Lunatic asylums Central Provinces reports 1874-1885 - 1874-1885
Year: 1874
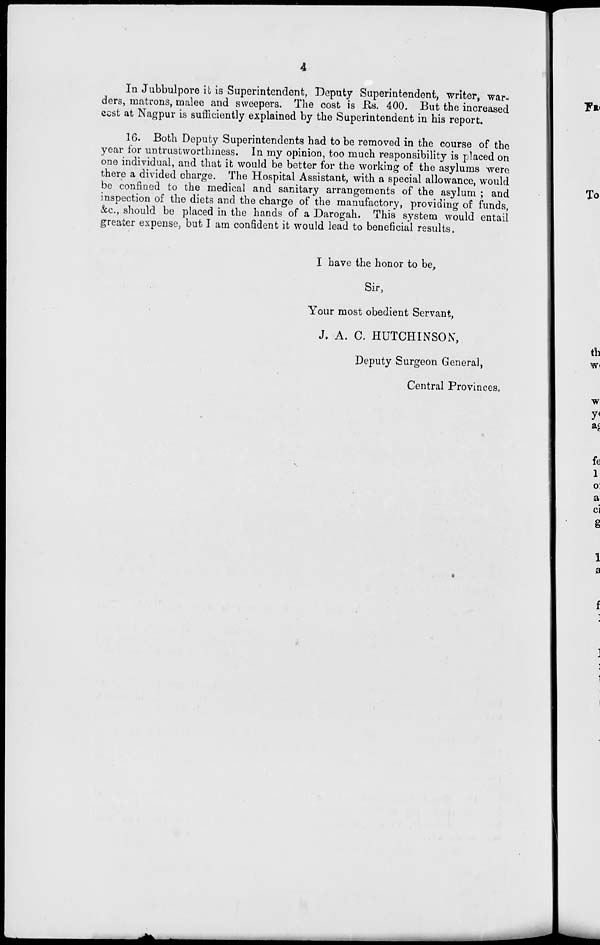
4
In Jubbulpore it is Superintendent, Deputy Superintendent, writer, war-
ders, matrons, malee and sweepers. The cost is Rs. 400. But the increased
cost at Nagpur is sufficiently explained by the Superintendent in his report.
16. Both Deputy Superintendents had to be removed in the course of the
year for untrustworthiness. In my opinion, too much responsibility is placed on
one individual, and that it would be better for the working of the asylums were
there a divided charge. The Hospital Assistant, with a special allowance, would
be confined to the medical and sanitary arrangements of the asylum ; and
inspection of the diets and the charge of the manufactory, providing of funds,
&c., should be placed in the hands of a Darogah. This system would entail
greater expense, but I am confident it would lead to beneficial results.
I have the honor to be,
Sir,
Your most obedient Servant,
J. A. C. HUTCHINSON,
Deputy Surgeon General,
Central Provinces.